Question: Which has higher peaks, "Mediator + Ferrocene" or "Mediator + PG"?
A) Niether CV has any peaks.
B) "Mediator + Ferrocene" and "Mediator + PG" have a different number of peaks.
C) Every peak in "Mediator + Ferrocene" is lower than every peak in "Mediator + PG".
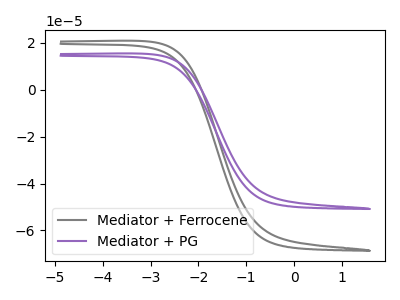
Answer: <think>The gray curve "Mediator + Ferrocene" has no peaks. The purple curve "Mediator + PG" has no peaks.</think>
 <answer>A) Niether CV has any peaks.</answer>
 <eval>A</eval>